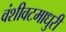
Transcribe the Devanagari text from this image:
वंशीवटमाधुरी